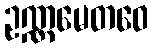
ဥဏ္ဏမေတဝေ